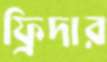
ফ্রিদার